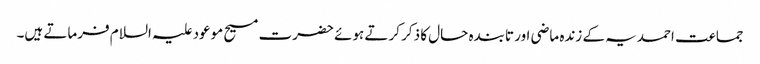
جماعت احمدیہ کے زندہ ماضی اور تابندہ حال کا ذکر کرتے ہوئے حضرت مسیح موعود علیہ السلام فرماتے ہیں۔